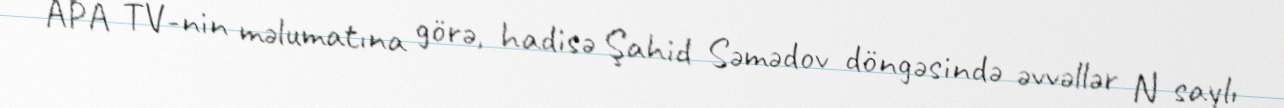
APA TV-nin məlumatına görə, hadisə Şahid Səmədov döngəsində əvvəllər N saylı